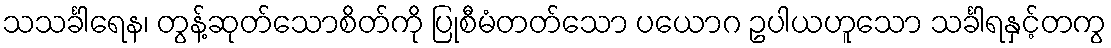
သသင်္ခါရေန၊ တွန့်ဆုတ်သောစိတ်ကို ပြုစီမံတတ်သော ပယောဂ ဥပါယဟူသော သင်္ခါရနှင့်တကွ